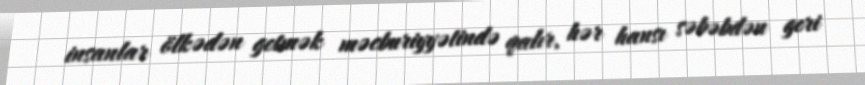
insanlar ölkədən getmək məcburiyyətində qalır, hər hansı səbəbdən geri